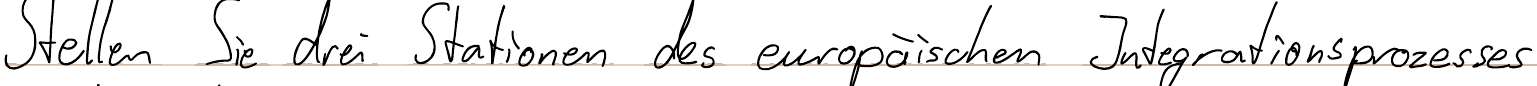
Stellen Sie drei Stationen des europäischen Integrationsprozesses